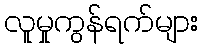
လူမှုကွန်ရက်များ